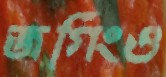
জগিংও